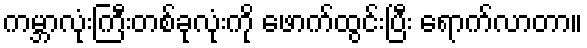
ကမ္ဘာလုံးကြီးတစ်ခုလုံးကို ဖောက်ထွင်းပြီး ရောက်လာတာ။